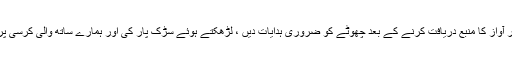
بٹ صاحب نے ادھر ادھر دیکھا اور آواز کا منبع دریافت کرنے کے بعد چھوٹے کو ضروری ہدایات دیں ، لڑھکتے ہوئے سڑک پار کی اور ہمارے ساتھ والی کرسی پر آکے دھپ سےتشریف دے ماری۔